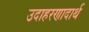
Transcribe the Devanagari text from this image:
उदाहरणादार्थ